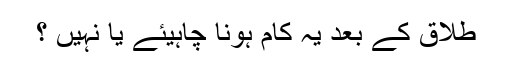
طلاق کے بعد یہ کام ہونا چاہیئے یا نہیں ؟